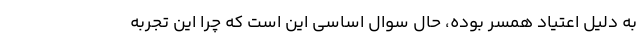
به دلیل اعتیاد همسر بوده، حال سوال اساسی این است که چرا این تجربه